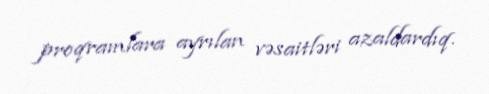
proqramlara ayrılan vəsaitləri azaldardıq.